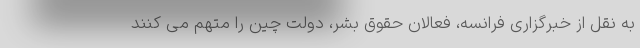
به نقل از خبرگزاری فرانسه، فعالان حقوق بشر، دولت چین را متهم می کنند